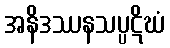
အနိဒဿနသပ္ပဋိဃံ